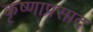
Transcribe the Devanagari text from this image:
कृष्णाप्रसाद